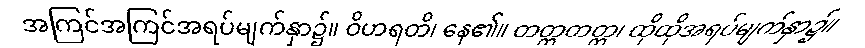
အကြင်အကြင်အရပ်မျက်နှာ၌။ ဝိဟရတိ၊ နေ၏။ တတ္တတတ္တ၊ ထိုထိုအရပ်မျက်နှာ၌။